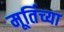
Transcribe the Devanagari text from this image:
मूर्तिच्या